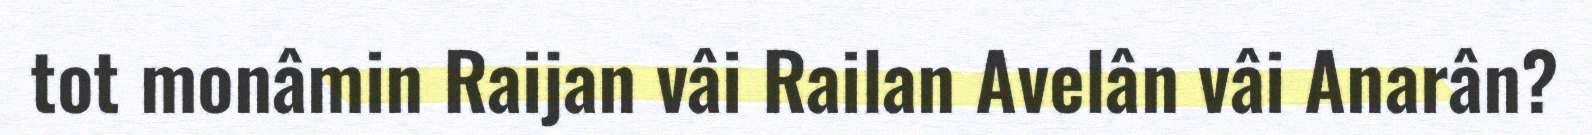
tot monâmin Raijan vâi Railan Avelân vâi Anarân?